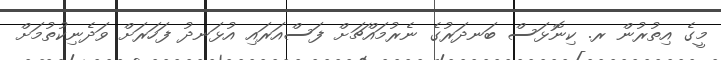
މީގެ އިތުރުން ރ. ކިނޮޅަސް ބަނދަރުގެ ނެރުމައްޗަށް ފަސްއަރައި އުޅަނދު ފަހަރަށް ވަދެނިކުތުމަށް